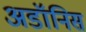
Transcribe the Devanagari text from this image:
अडॉनिस